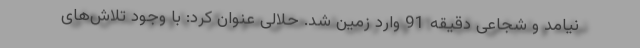
نیامد و شجاعی دقیقه 91 وارد زمین شد. حلالی عنوان کرد: با وجود تلاش‌های